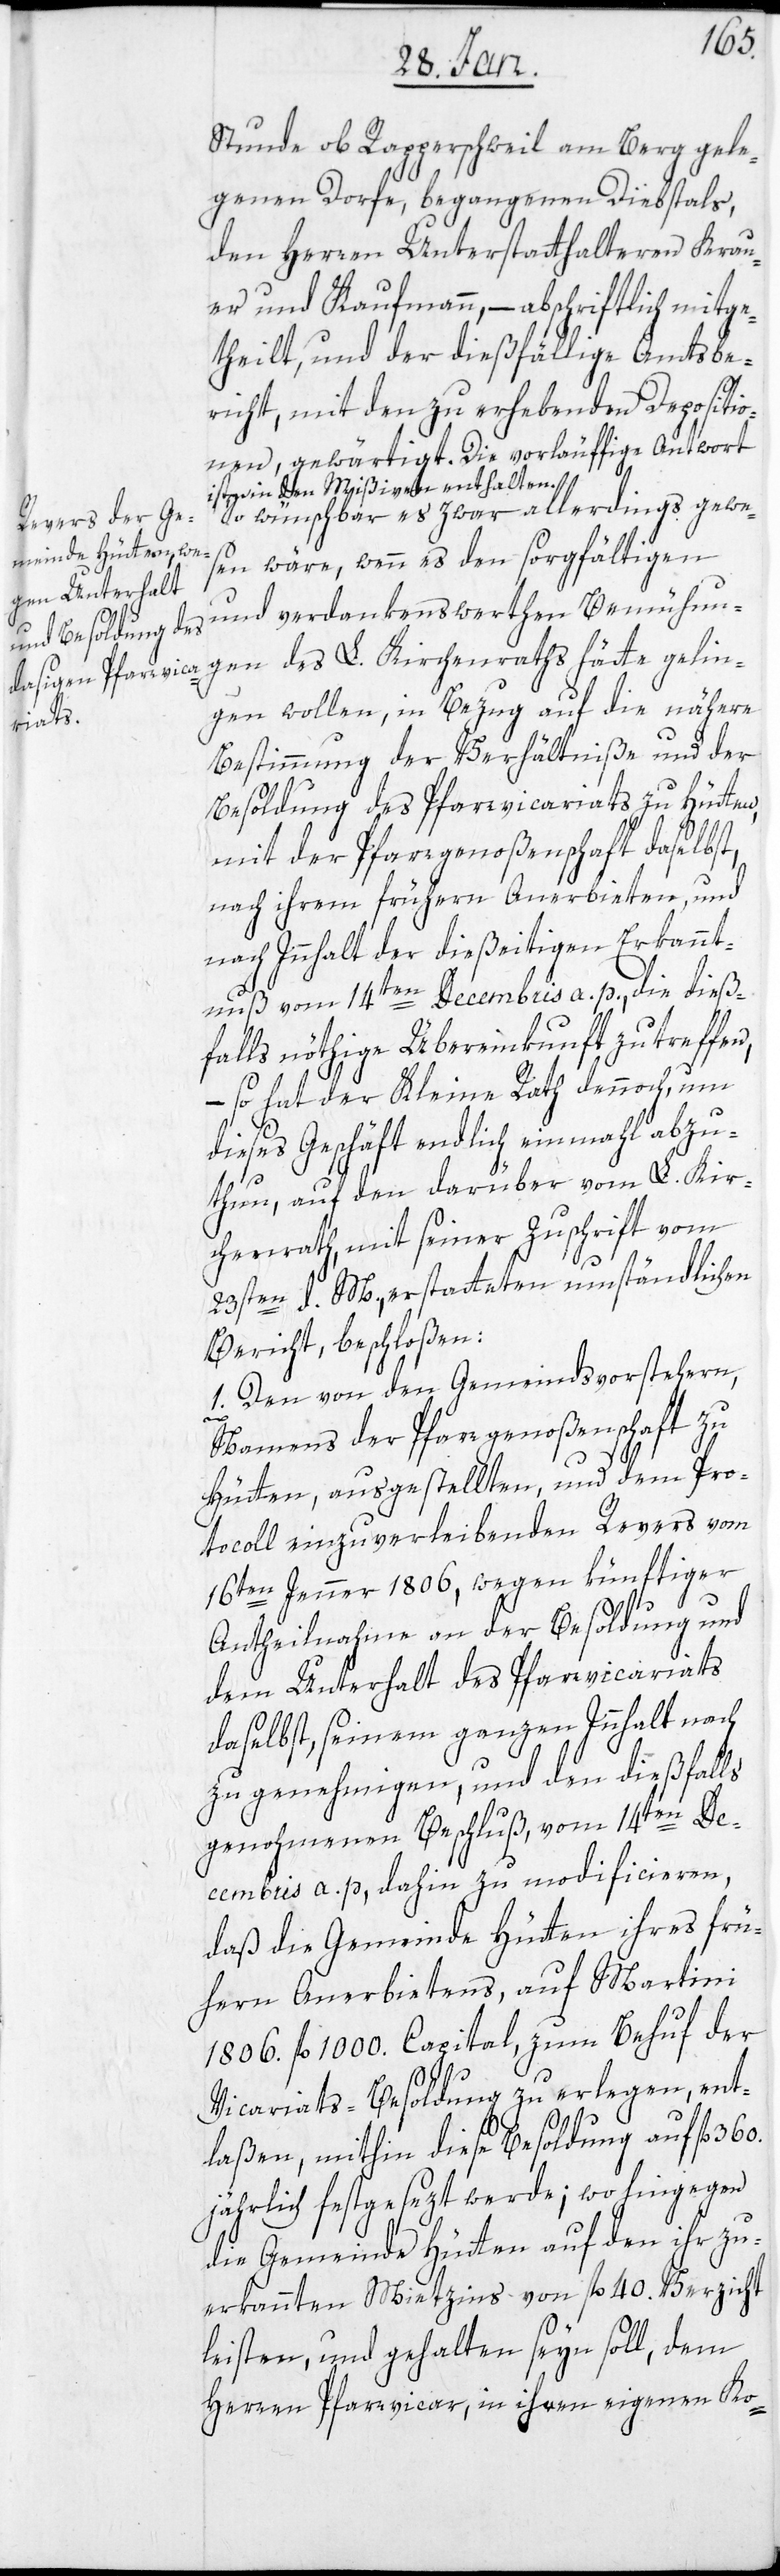
Stunde ob Rapperschweil am Berg gele¬
genen Dorfe, begangenen Diebstals,
den Herren Unterstatthalteren Krau¬
er und Kaufmann, – abschriftlich mitge¬
theilt, und der dießfällige Amtsbe¬
richt, mit den zu erhebenden Depositio¬
nen gewärtigt. Die vorläuffige Antwort
ist in den Mißiven enthalten.
So wünschbar es zwar allerdings gewe¬
sen wäre, wenn es den sorgfältigen
und verdankenswerthen Bemühun¬
gen des L. Kirchenraths hätte gelin¬
gen wollen, in Bezug auf die nähere
Bestimmung der Verhältniße und der
Besoldung des Pfarrvicariats zu Hütten,
mit der Pfarrgenoßenschaft daselbst,
nach ihrem frühern Anerbieten, und
nach Innhalt der dießeitigen Erkannt¬
nuß vom 14ten Decembris a. p., die dieß¬
falls nöthige Übereinkunft zu treffen,
– so hat der Kleine Rath dennoch, um
dieses Geschäft endlich einmahl abzu¬
thun, auf den darüber vom L. Kir¬
chenrath, mit seiner Zuschrift vom
23sten d. M., erstatteten umständlichen
Bericht, beschloßen:
1. Den von den Gemeindsvorstehern,
Namens der Pfarrgenoßenschaft zu
Hütten, ausgestellten, und dem Pro¬
tocoll einzuverleibenden Revers vom
16ten Jenner 1806, wegen künftiger
Antheilnahme an der Besoldung und
dem Unterhalt des Pfarrvicariats
daselbst, seinem ganzen Innhalt nach
zu genehmigen, und den dießfalls
genohmenen Beschluß vom 14ten De¬
cembris a. p., dahin zu modificieren,
daß die Gemeinde Hütten ihres frü¬
hern Anerbietens, auf Martini
1806. fl 1000. Capital, zum Behuf der
Vicariats-Besoldung zu erlegen, ent¬
laßen, mithin diese Besoldung auf fl. 360.
jährlich festgesezt werde; wo hingegen
die Gemeinde Hütten auf den ihr zu¬
erkannten Mietzins von fl. 40. Verzicht
leisten, und gehalten seyn soll, dem
Herren Pfarrvicar, in ihren eigenen Ko-